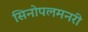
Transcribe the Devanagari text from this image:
सिनोपलमनरी